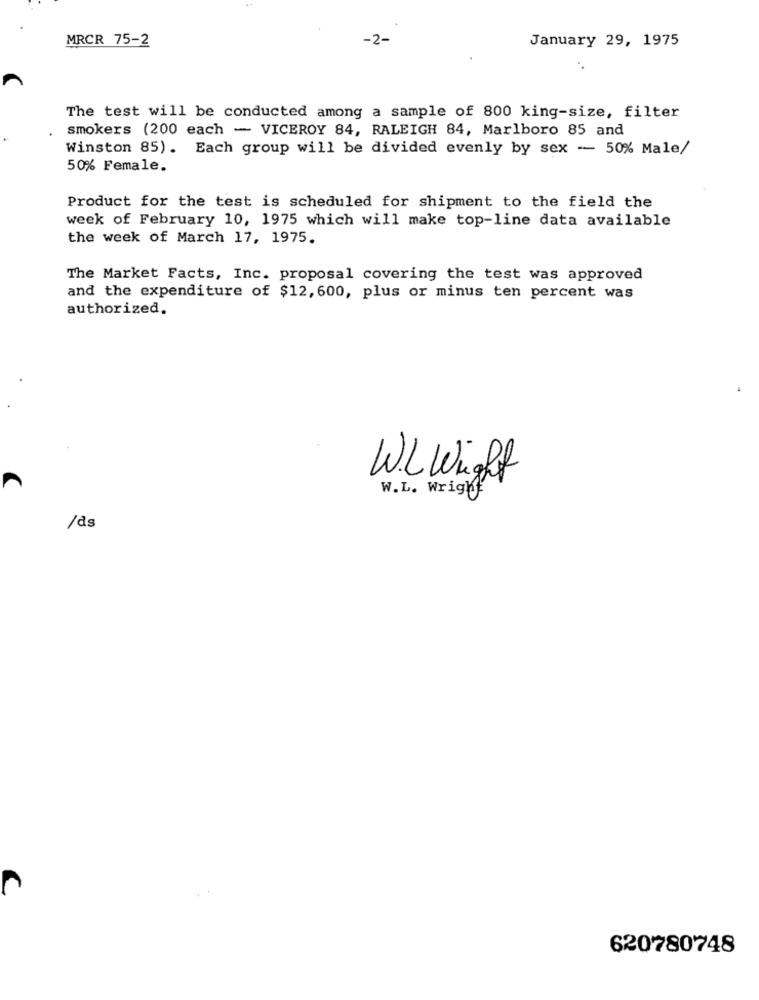
MRCR 75-2
-2-
January 29, 1975
The test will be conducted among a sample of 800 king-size, filter
smokers (200 each - VICEROY 84, RALEIGH 84, Marlboro 85 and
Winston 85). Each group will be divided evenly by sex - 50% Male/
50% Female.
Product for the test is scheduled for shipment to the field the
week of February 10, 1975 which will make top-line data available
the week of March 17, 1975.
The Market Facts, Inc. proposal covering the test was approved
and the expenditure of $12, 600, plus or minus ten percent was
authorized.
W.L Wight
W.L. Wright
/ds
C
620780748